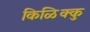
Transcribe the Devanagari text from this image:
किळिक्कु